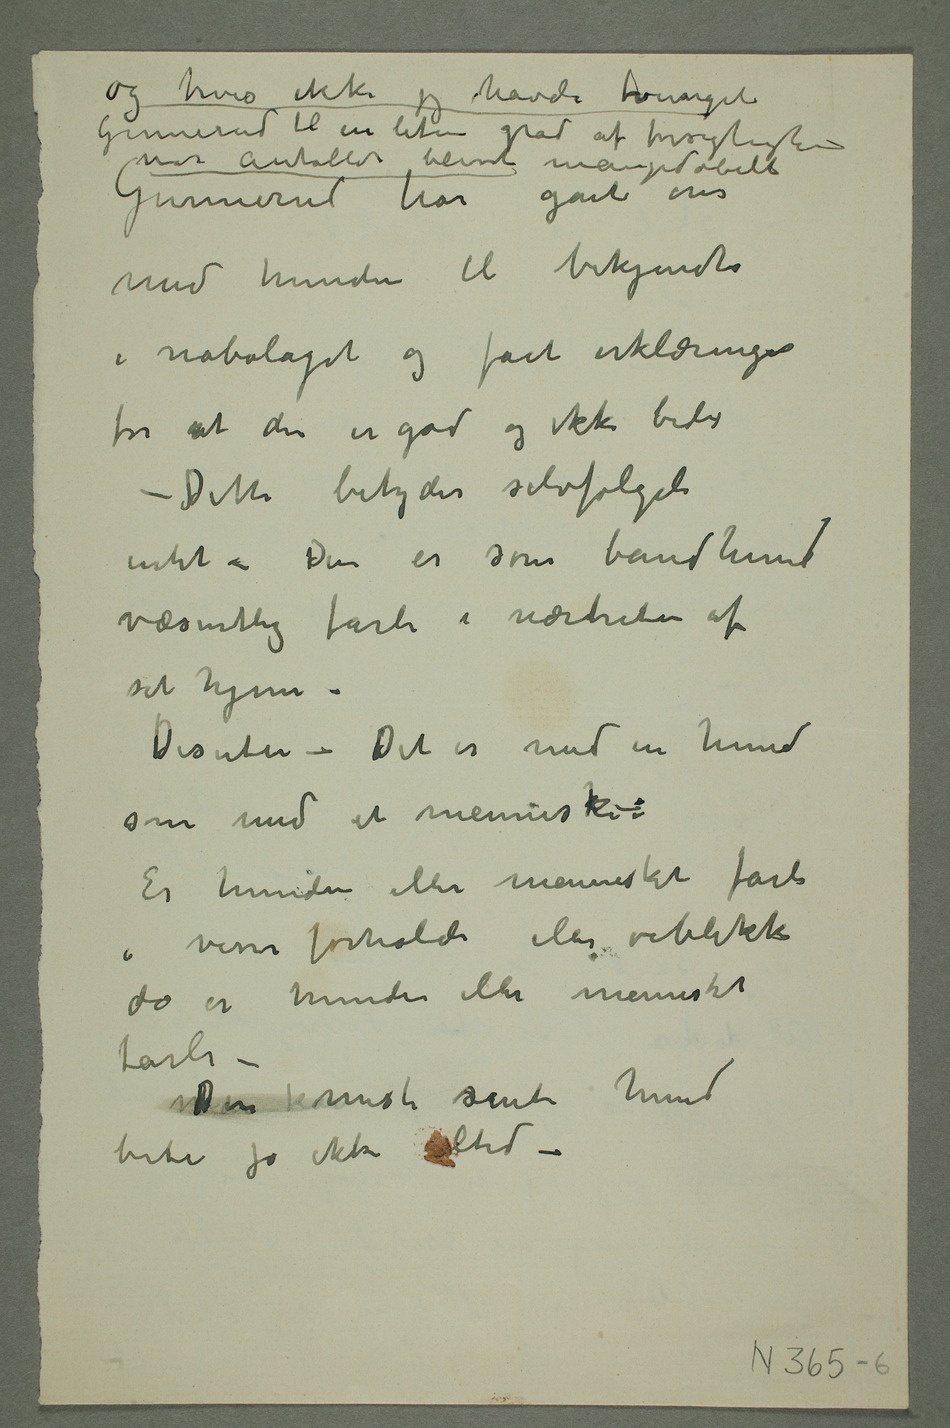
og hvis ikke jeg hadde tvunget
Gunnerud til en liten grad af forsigtighed
var antallet blevet
med hunden til bekjendte
i nabolaget og fået erklæringer
for at den er god og ikke bider
– Dette betyder selvfølgeli
intet – Den er som båndhund
væsentlig farli i nærheten af
sit hjem –
Desuten – Det er med en hund
som med et menneske–:
Er hunden eller mennesket farli
i visse forhold eller øieblikk
da er hunden eller mennesket
farli –
ManDen kanmest sinte hund
bider jo ikke altid